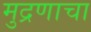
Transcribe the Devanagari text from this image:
मुद्रणाचा